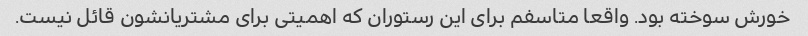
خورش سوخته بود. واقعا متاسفم برای این رستوران که اهمیتی برای مشتریانشون قائل نیست.